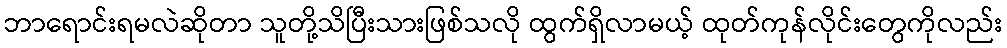
ဘာရောင်းရမလဲဆိုတာ သူတို့သိပြီးသားဖြစ်သလို ထွက်ရှိလာမယ့် ထုတ်ကုန်လိုင်းတွေကိုလည်း